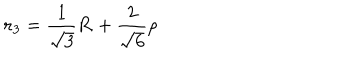
{ \bf r } _ { 3 } = \frac { 1 } { \sqrt { 3 } } { \bf R } + \frac { 2 } { \sqrt { 6 } } { \bf \rho }